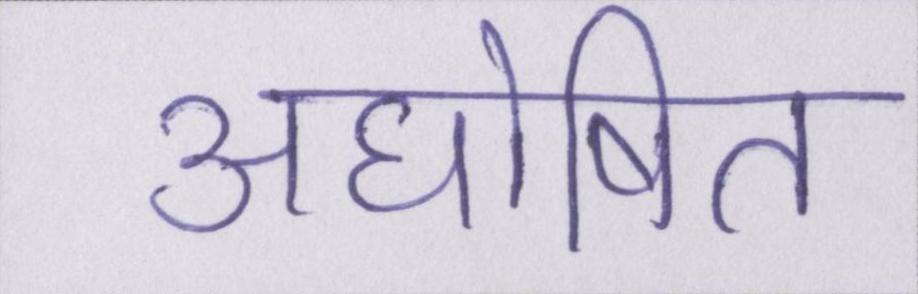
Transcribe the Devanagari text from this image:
अघोषित